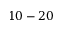
1 0 - 2 0